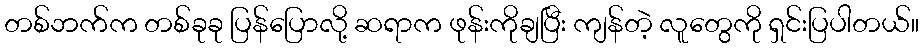
တစ်ဘက်က တစ်ခုခု ပြန်ပြောလို့ ဆရာက ဖုန်းကိုချပြီး ကျန်တဲ့ လူတွေကို ရှင်းပြပါတယ်။